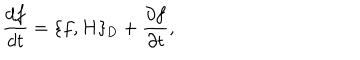
LaTeX: \frac { d f } { d t } = \{ f , H \} _ { \mathrm { D } } + \frac { \partial f } { \partial t } ,